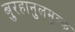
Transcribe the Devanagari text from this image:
बुरहानुलमुल्क